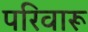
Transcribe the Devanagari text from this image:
परिवारू